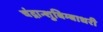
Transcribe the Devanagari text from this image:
चंद्रान्शुबिम्बाधरी